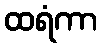
ထရံကာ